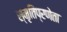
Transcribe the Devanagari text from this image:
स्मृतिप्रणेता